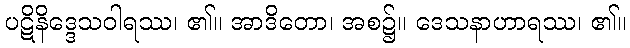
ပဋိနိဒ္ဒေသဝါရဿ၊ ၏။ အာဒိတော၊ အစ၌။ ဒေသနာဟာရဿ၊ ၏။